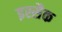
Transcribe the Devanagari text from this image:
इस्सैक